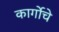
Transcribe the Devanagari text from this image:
कार्गोचे